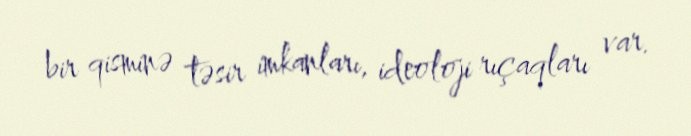
bir qisminə təsir imkanları, ideoloji rıçaqları var.